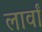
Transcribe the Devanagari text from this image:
लार्वां